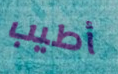
أطيب